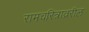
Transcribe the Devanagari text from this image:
रामचरित्राव्ररील